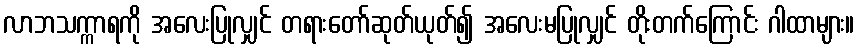
လာဘသက္ကာရကို အလေးပြုလျှင် တရားတော်ဆုတ်ယုတ်၍ အလေးမပြုလျှင် တိုးတက်ကြောင်း ဂါထာများ။